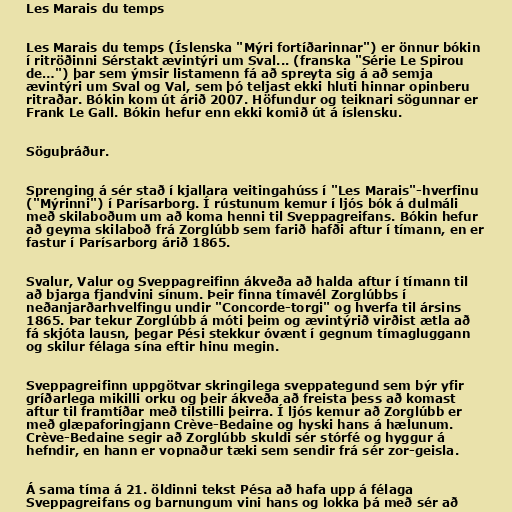
Les Marais du temps

Les Marais du temps (Íslenska "Mýri fortíðarinnar") er önnur bókin
í ritröðinni Sérstakt ævintýri um Sval... (franska "Série Le Spirou
de…") þar sem ýmsir listamenn fá að spreyta sig á að semja
ævintýri um Sval og Val, sem þó teljast ekki hluti hinnar opinberu
ritraðar. Bókin kom út árið 2007. Höfundur og teiknari sögunnar er
Frank Le Gall. Bókin hefur enn ekki komið út á íslensku.

Söguþráður.

Sprenging á sér stað í kjallara veitingahúss í "Les Marais"-hverfinu
("Mýrinni") í Parísarborg. Í rústunum kemur í ljós bók á dulmáli
með skilaboðum um að koma henni til Sveppagreifans. Bókin hefur
að geyma skilaboð frá Zorglúbb sem farið hafði aftur í tímann, en er
fastur í Parísarborg árið 1865.

Svalur, Valur og Sveppagreifinn ákveða að halda aftur í tímann til
að bjarga fjandvini sínum. Þeir finna tímavél Zorglúbbs í
neðanjarðarhvelfingu undir "Concorde-torgi" og hverfa til ársins
1865. Þar tekur Zorglúbb á móti þeim og ævintýrið virðist ætla að
fá skjóta lausn, þegar Pési stekkur óvænt í gegnum tímagluggann
og skilur félaga sína eftir hinu megin.

Sveppagreifinn uppgötvar skringilega sveppategund sem býr yfir
gríðarlega mikilli orku og þeir ákveða að freista þess að komast
aftur til framtíðar með tilstilli þeirra. Í ljós kemur að Zorglúbb er
með glæpaforingjann Crève-Bedaine og hyski hans á hælunum.
Crève-Bedaine segir að Zorglúbb skuldi sér stórfé og hyggur á
hefndir, en hann er vopnaður tæki sem sendir frá sér zor-geisla.

Á sama tíma á 21. öldinni tekst Pésa að hafa upp á félaga
Sveppagreifans og barnungum vini hans og lokka þá með sér að